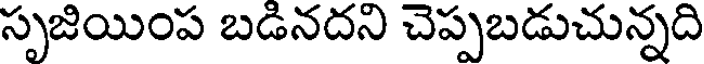
సృజియింప బడినదని చెప్పబడుచున్నది